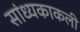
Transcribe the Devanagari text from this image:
सांध्यकाकली